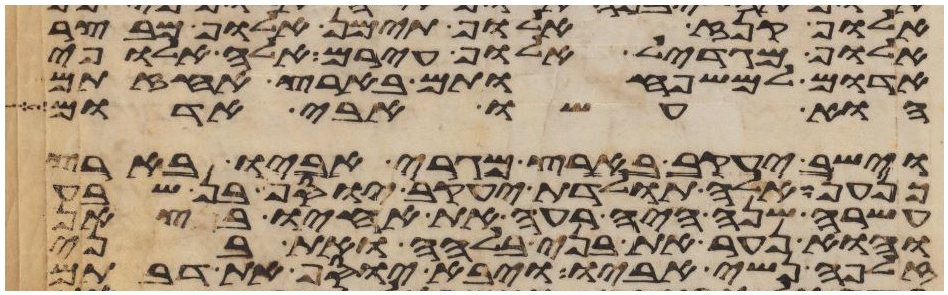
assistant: אלוף קנז אלוף תימן אלוף מבצר
אלוף מגדאל אלוף עירם אלה אלופי
אדום למשפחותם בארץ אחזתם
הוא עשו אבי אדום
וישב יעקב בארץ מגרי אביו בארץ
כנען אלה תולדת יעקב יוסף בן שבע
עשרה שנה היה רעה את אחיו בצאן
והוא נער את בני בלהה ואת בני
זלפה נשי אביו ויבא יוסף את דבתם